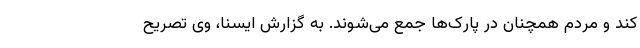
کند و مردم همچنان در پارک‌ها جمع می‌شوند. به گزارش ایسنا، وی تصریح